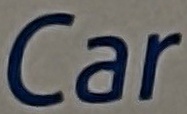
Car